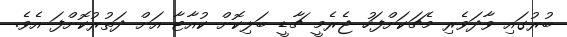
ބުރުގައި ވާދަވެރި މެޗަކަށްފަހު ޖެރެމީ ޗާޑީ ބަލިކޮށް ކުއާޓާ އަށް ދަތުރުކޮށްފަ އެވެ.